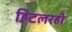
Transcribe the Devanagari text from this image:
हिटलरही